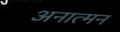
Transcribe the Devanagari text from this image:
अनात्मन